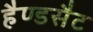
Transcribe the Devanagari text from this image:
हैण्डसैट